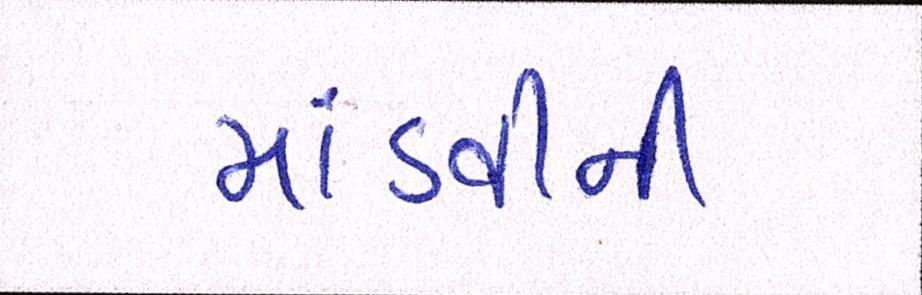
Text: માંડવીની